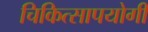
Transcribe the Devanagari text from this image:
चिकित्सापयोगी